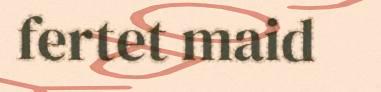
fertet maid